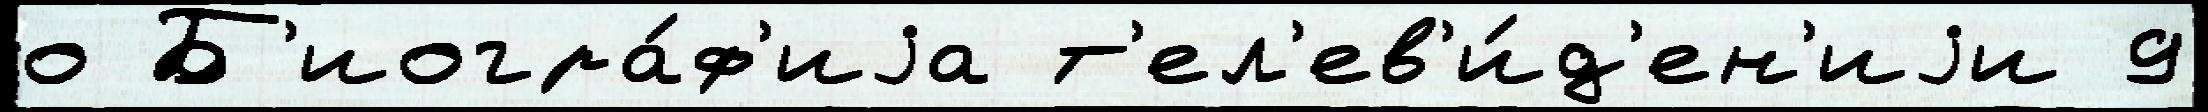
о Б'иогра́ф'иjа т'ел'ев'и́д'ен'иjи 9